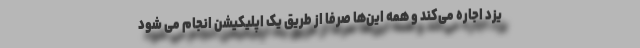
یزد اجاره می‌کند و همه این‌ها صرفا از طریق یک اپلیکیشن انجام می شود